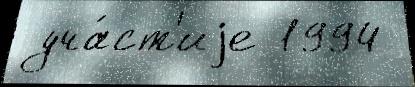
 уча́ст'иjе 1994